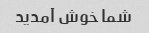
شما خوش آمدید